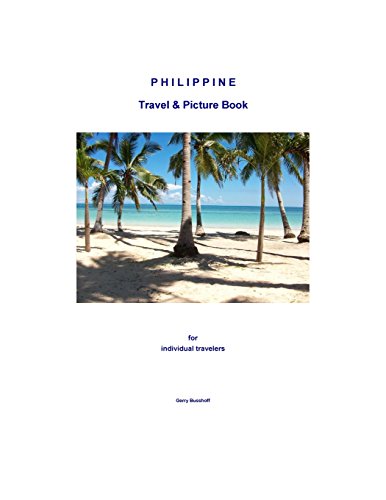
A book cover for Philippine Travel & Picture Book; Gerry Busshoff; Travel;